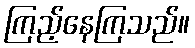
ကြည့်နေကြသည်။